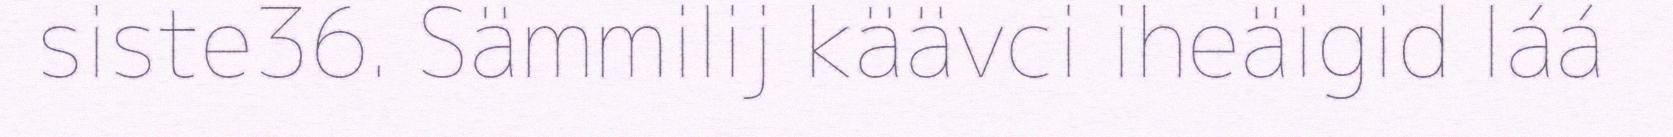
siste36. Sämmilij käävci iheäigid láá